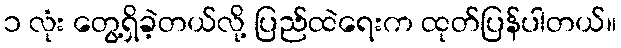
၁ လုံး တွေ့ရှိခဲ့တယ်လို့ ပြည်ထဲရေးက ထုတ်ပြန်ပါတယ်။